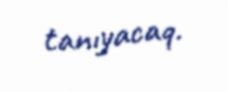
tanıyacaq.